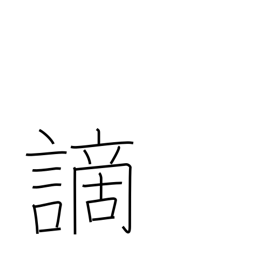
Meaning: crime